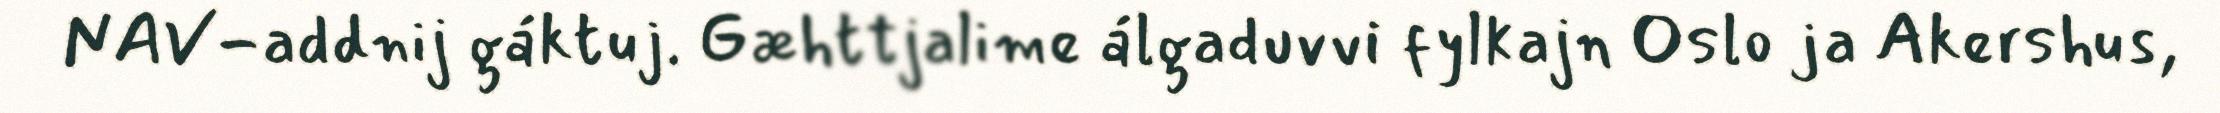
NAV-addnij gáktuj. Gæhttjalime álgaduvvi fylkajn Oslo ja Akershus,